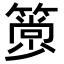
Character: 𥳦